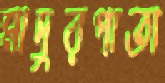
মাদুরপাতা